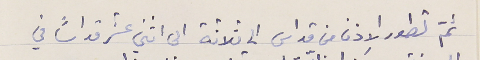
ثمّ تطور الاذن من قداس الى ثلاثة الى اثني عشر قداساً في